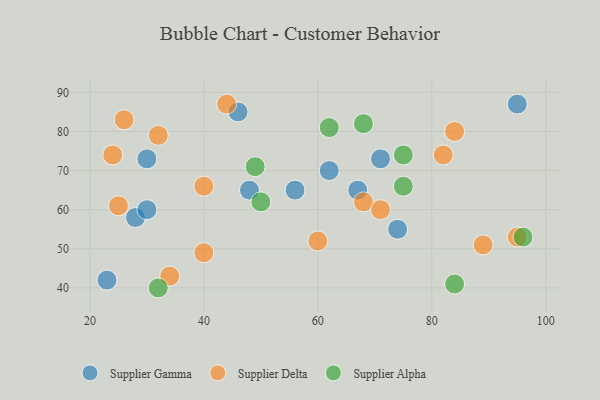
{"axis": {"x": "GDP", "y": "Life Expectancy"}, "legend": ["Supplier Alpha", "Supplier Delta", "Supplier Gamma"], "data": [{"x": "67", "y": 65, "type": "Supplier Gamma"}, {"x": "56", "y": 65, "type": "Supplier Gamma"}, {"x": "62", "y": 70, "type": "Supplier Gamma"}, {"x": "46", "y": 85, "type": "Supplier Gamma"}, {"x": "30", "y": 73, "type": "Supplier Gamma"}, {"x": "28", "y": 58, "type": "Supplier Gamma"}, {"x": "48", "y": 65, "type": "Supplier Gamma"}, {"x": "30", "y": 60, "type": "Supplier Gamma"}, {"x": "71", "y": 73, "type": "Supplier Gamma"}, {"x": "23", "y": 42, "type": "Supplier Gamma"}, {"x": "74", "y": 55, "type": "Supplier Gamma"}, {"x": "95", "y": 87, "type": "Supplier Gamma"}, {"x": "32", "y": 79, "type": "Supplier Delta"}, {"x": "34", "y": 43, "type": "Supplier Delta"}, {"x": "68", "y": 62, "type": "Supplier Delta"}, {"x": "40", "y": 49, "type": "Supplier Delta"}, {"x": "82", "y": 74, "type": "Supplier Delta"}, {"x": "40", "y": 66, "type": "Supplier Delta"}, {"x": "44", "y": 87, "type": "Supplier Delta"}, {"x": "25", "y": 61, "type": "Supplier Delta"}, {"x": "26", "y": 83, "type": "Supplier Delta"}, {"x": "60", "y": 52, "type": "Supplier Delta"}, {"x": "84", "y": 80, "type": "Supplier Delta"}, {"x": "89", "y": 51, "type": "Supplier Delta"}, {"x": "95", "y": 53, "type": "Supplier Delta"}, {"x": "71", "y": 60, "type": "Supplier Delta"}, {"x": "24", "y": 74, "type": "Supplier Delta"}, {"x": "75", "y": 66, "type": "Supplier Alpha"}, {"x": "50", "y": 62, "type": "Supplier Alpha"}, {"x": "68", "y": 82, "type": "Supplier Alpha"}, {"x": "32", "y": 40, "type": "Supplier Alpha"}, {"x": "75", "y": 74, "type": "Supplier Alpha"}, {"x": "84", "y": 41, "type": "Supplier Alpha"}, {"x": "96", "y": 53, "type": "Supplier Alpha"}, {"x": "49", "y": 71, "type": "Supplier Alpha"}, {"x": "62", "y": 81, "type": "Supplier Alpha"}]}